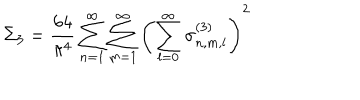
\Sigma _ { 3 } = \frac { 6 4 } { \pi ^ { 4 } } \sum _ { n = 1 } ^ { \infty } \sum _ { m = 1 } ^ { \infty } \left( \sum _ { l = 0 } ^ { \infty } \sigma _ { n , m , l } ^ { ( 3 ) } \right) ^ { 2 }